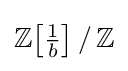
\mathbb {Z} {\bigl [}{\tfrac {1}{b}}{\bigr ]}~\!/~\!\mathbb {Z}